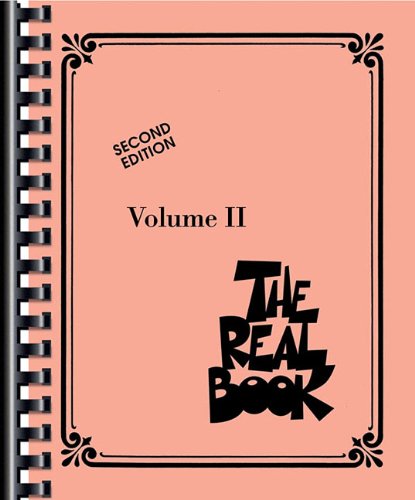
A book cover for The Real Book - Volume II: C Edition (Fake Book); Hal Leonard Corporation; Humor & Entertainment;